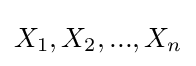
X_{1},X_{2},...,X_{n}